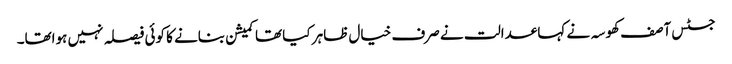
جسٹس آصف کھوسہ نے کہا عدالت نے صرف خیال ظاہر کیا تھا کمیشن بنانے کا کوئی فیصلہ نہیں ہواتھا۔